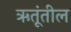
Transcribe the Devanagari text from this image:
ऋतूंतील